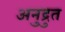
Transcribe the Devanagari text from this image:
अनुद्रुत